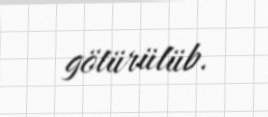
götürülüb.